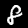
Digit: 8